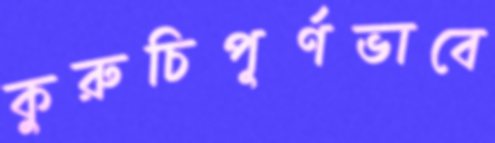
কুরুচিপূর্ণভাবে